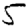
Digit: 5